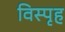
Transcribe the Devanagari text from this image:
विस्पृह